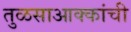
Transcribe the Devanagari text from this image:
तुळसाआक्कांची